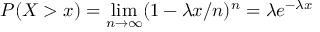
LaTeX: P ( X > x ) = \operatorname* { l i m } _ { n \to \infty } ( 1 - \lambda x / n ) ^ { n } = \lambda e ^ { - \lambda x }